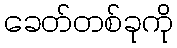
ခေတ်တစ်ခုကို